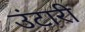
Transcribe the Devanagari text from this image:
उंटारी